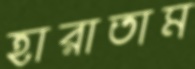
হারাতাম